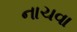
નાચવા